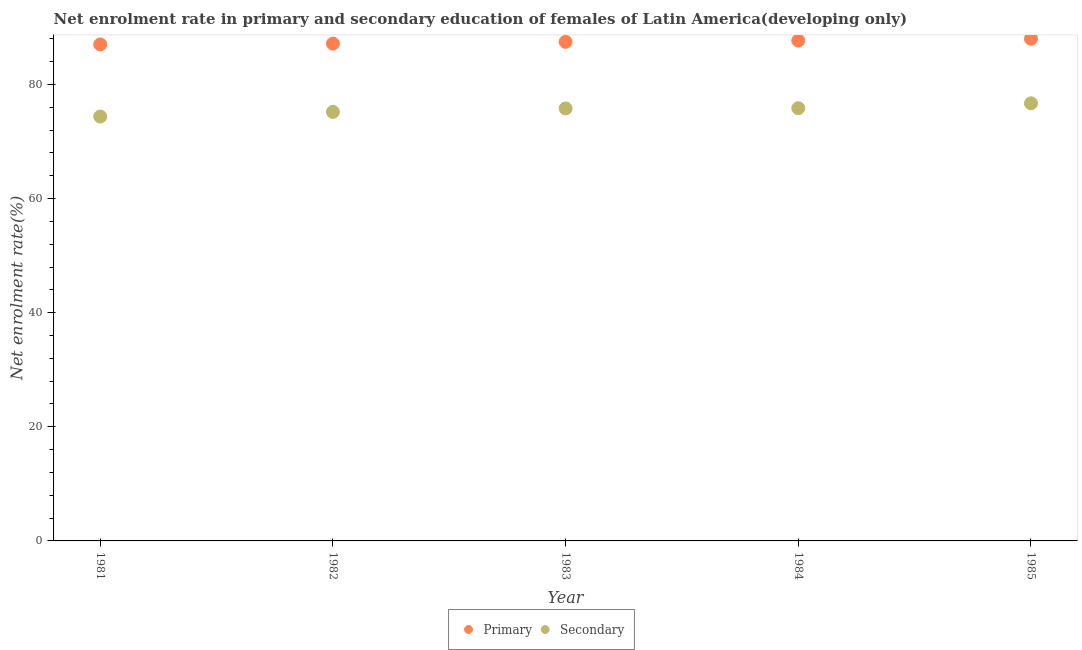
| Year | Primary | Secondary |
 | --- | --- | --- |
 | 1981 | 87 | 74.4 |
 | 1982 | 87.2 | 75.2 |
 | 1983 | 87.5 | 75.8 |
 | 1984 | 87.7 | 75.8 |
 | 1985 | 88 | 76.7 |